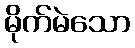
မိုက်မဲသော